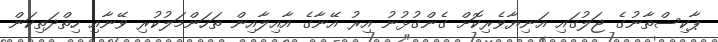
ޕާކިސްތާނުގެ ޖަލުގައި އަނިޔާވެރިކޮށް ގެންގުޅުނު އިރު އޭނާގެ އާއިލާއިން ތަހަންމަލުކުރި ވޭނާއި ހިތްދަތިކަން